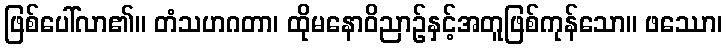
ဖြစ်ပေါ်လာ၏။ တံသဟဂတာ၊ ထိုမနောဝိညာဉ်နှင့်အတူဖြစ်ကုန်သော။ ဖဿော၊